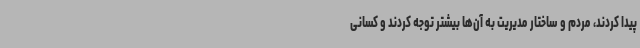
پیدا کردند، مردم و ساختار مدیریت به آن‌ها بیشتر توجه کردند و کسانی